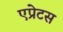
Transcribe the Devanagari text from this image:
एप्रेटस